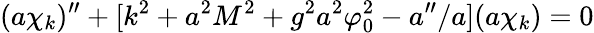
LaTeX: (a\chi_{k})^{\prime\prime}+[k^{2}+a^{2}M^{2}+g^{2}a^{2}\varphi_{0}^{2}-a^{\prime\prime}/a](a\chi_{k})=0